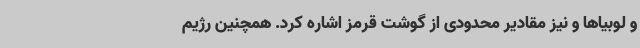
و لوبیاها و نیز مقادیر محدودی از گوشت قرمز اشاره کرد. همچنین رژیم